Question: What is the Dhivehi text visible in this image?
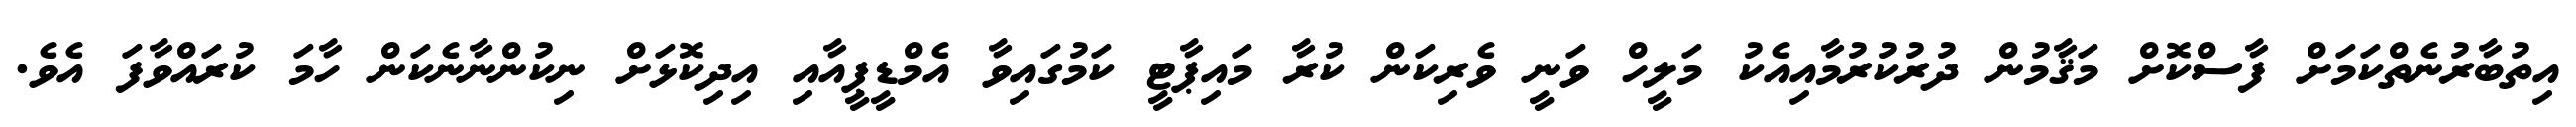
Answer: އިތުބާރުނެތްކަމަށް ފާސްކޮށް މަޤާމުން ދުރުކުރުމާއިއެކު މަލީހް ވަނީ ވެރިކަން ކުރާ މައިޕާޓީ ކަމުގައިވާ އެމްޑީޕީއާއި އިދިކޮޅަށް ނިކުންނާނެކަން ހާމަ ކުރައްވާފަ އެވެ.